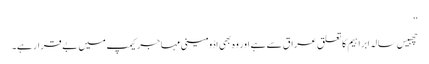
‘‘
چھبیس سالہ ابراہیم کا تعلق عراق سے ہے اور وہ بھی اڈومینی مہاجر کیمپ میں بے قرار ہے۔